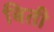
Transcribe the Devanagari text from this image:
बिती